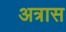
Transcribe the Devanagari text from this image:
अत्रास